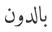
بالدون